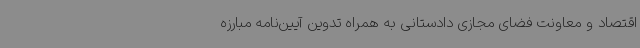
اقتصاد و معاونت فضای مجازی دادستانی به همراه تدوین آیین‌نامه مبارزه